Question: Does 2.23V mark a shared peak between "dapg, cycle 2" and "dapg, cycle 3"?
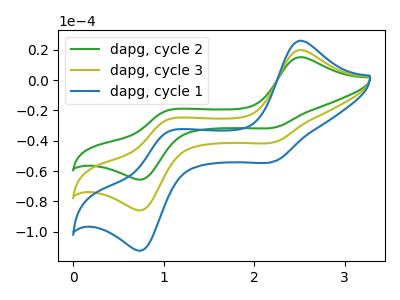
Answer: <think>The green curve "dapg, cycle 2" has anodic peaks at (2.50V, 15.10uA) (1.05V, -20.20uA) and cathodic peaks at (2.25V, -31.20uA) (0.80V, -65.20uA). The olive curve "dapg, cycle 3" has anodic peaks at (2.50V, 19.80uA) (1.05V, -26.45uA) and cathodic peaks at (2.25V, -40.85uA) (0.80V, -85.40uA). The blue curve "dapg, cycle 1" has anodic peaks at (2.50V, 39.60uA) (1.05V, -52.90uA) and cathodic peaks at (2.25V, -81.70uA) (0.80V, -170.80uA).</think>
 <answer>Yes, "dapg, cycle 2" and "dapg, cycle 3" share a peak at 2.23V.</answer>
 <eval>match</eval>